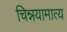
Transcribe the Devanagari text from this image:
चिन्नयामात्य